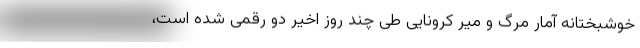
خوشبختانه آمار مرگ و میر کرونایی طی چند روز اخیر دو رقمی شده است،